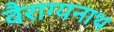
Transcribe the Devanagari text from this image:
वैराग्यनाथ